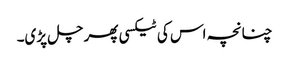
چنانچہ اس کی ٹیکسی پھر چل پڑی۔